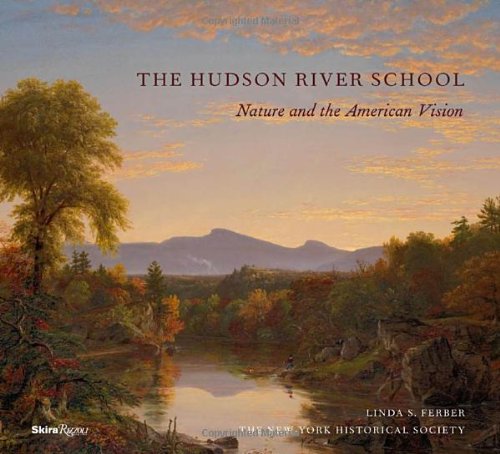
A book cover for The Hudson River School: Nature and the AmericanVision; New-York Historical Society; Arts & Photography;